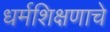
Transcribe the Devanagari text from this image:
धर्मशिक्षणाचे